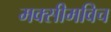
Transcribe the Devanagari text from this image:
मक्सीमविच